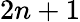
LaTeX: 2n+1